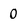
Character: 0